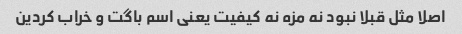
اصلا مثل قبلا نبود نه مزه نه کیفیت یعنی اسم باگت و خراب کردین